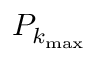
P _ { k _ { \mathrm { m a x } } }